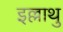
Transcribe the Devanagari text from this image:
इल्लाथु